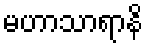
မဟာသာရာနိ